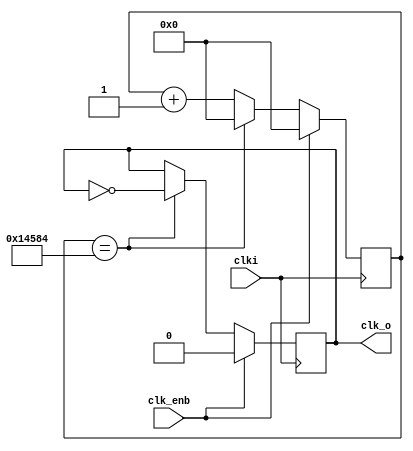
`timescale 1ns / 1ps
//////////////////////////////////////////////////////////////////////////////////
// Company: 
// Engineer: 
// 
// Design Name: 
// Module Name:    Chip_clk 
// Project Name: 
// Target Devices: 
// Tool versions: 
// Description: 
//
// Dependencies: 
//
// Revision: 
// Revision 0.01 - File Created
// Additional Comments: 
//
//////////////////////////////////////////////////////////////////////////////////
module Chip_clk(
    input wire clki,
	 input wire clk_enb,
    output reg clk_o
    );
	 
// generate SC_clk
	parameter M = 166667;   	//SC_clk = 100/M MHz
	reg [25:0] cnt;  				//frequency divider counter

	always @ (posedge clki) begin  	 // frequency divider : clki -> RDAC_clck (100MHz -> 100/M MHz)
		if(clk_enb)   begin
				cnt <= 0;
				clk_o <= 1'b0;
			 end
		else begin
			  if(cnt == M/2-1)	begin 
				clk_o <= !clk_o; 
				cnt <= 0;         
			  end
			  else begin 
				clk_o <= clk_o;  
				cnt <= cnt + 1; 
			  end
		end
	end

endmodule